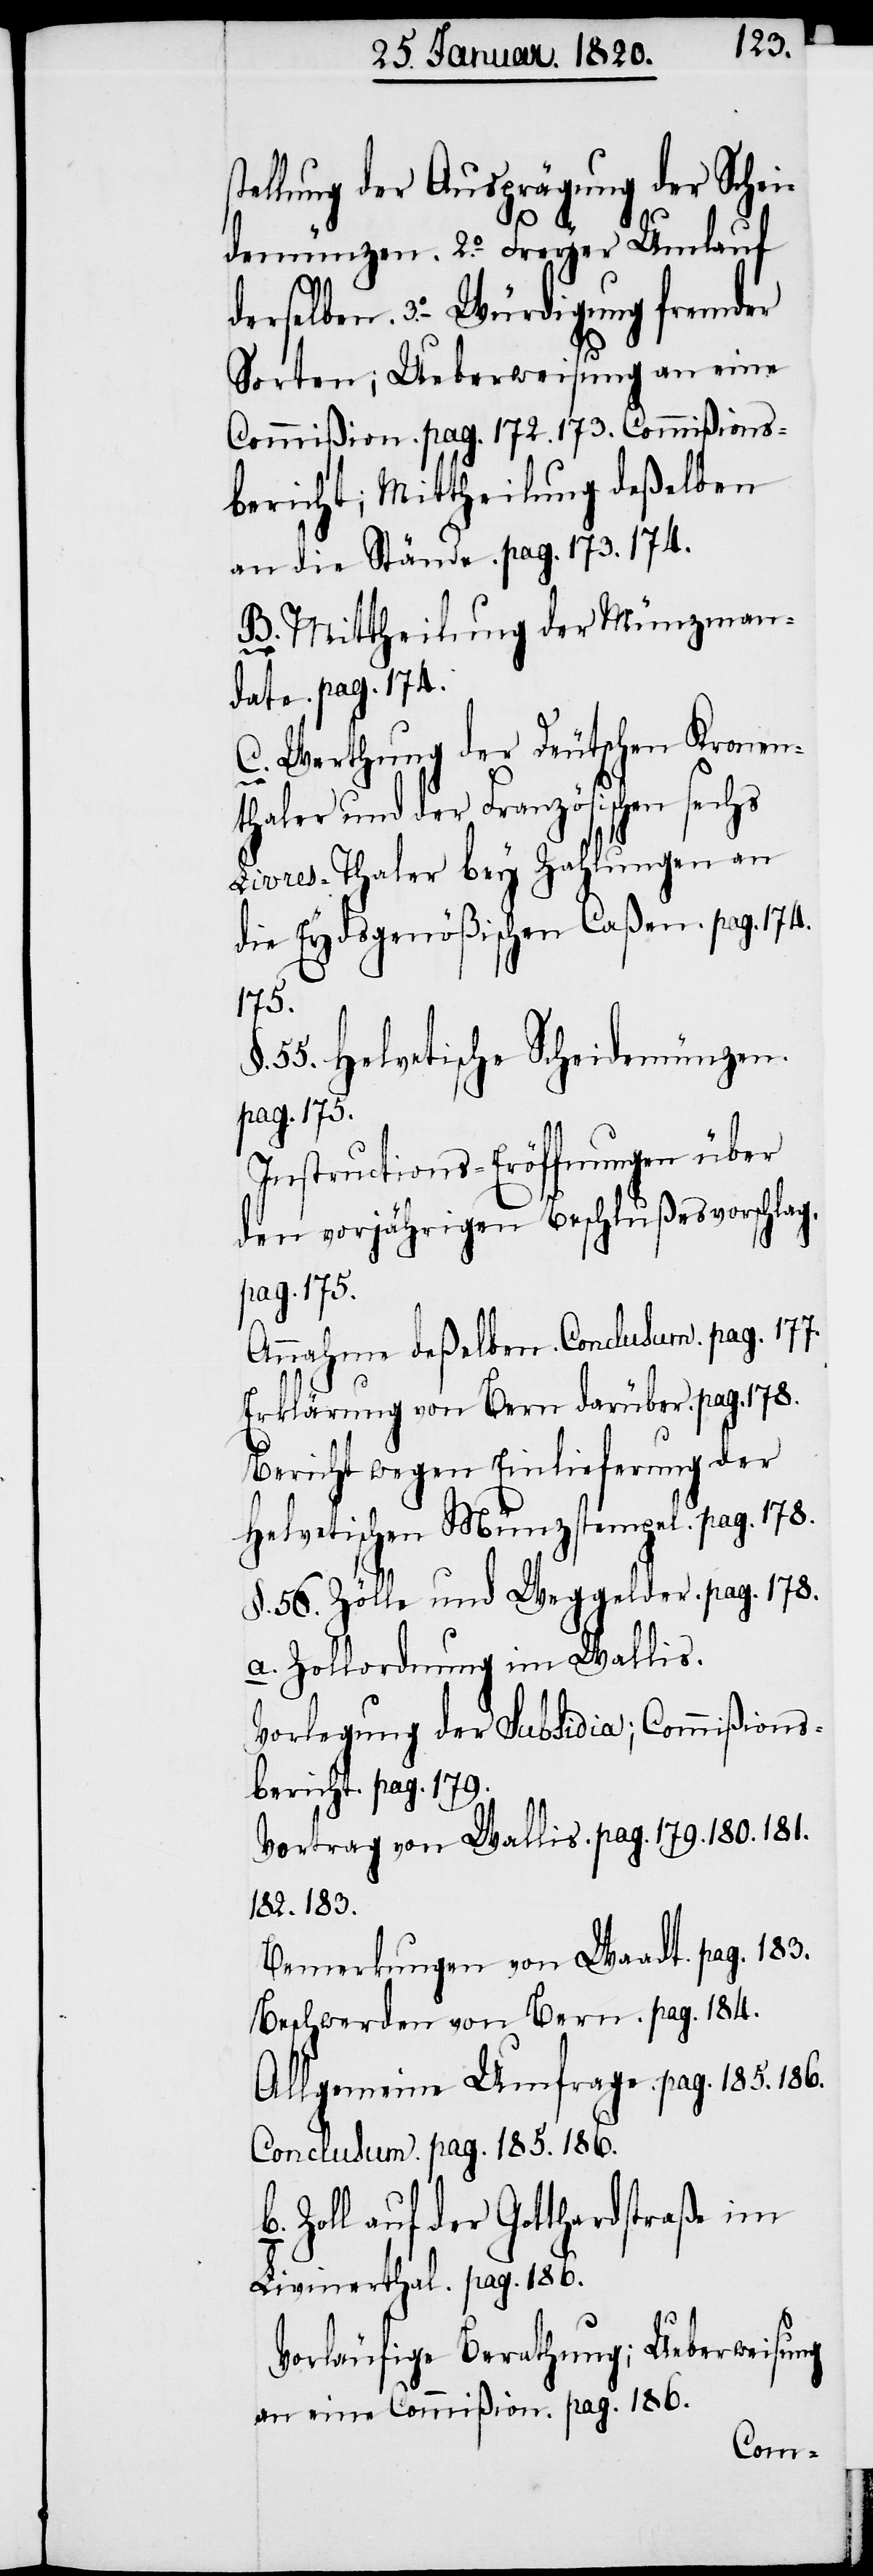
llung der Ausprägung der Schei¬
demünzen. 2.o Freyer Umlauf
derselben. 3.o Würdigung fremder
Sorten; Ueberweisung an eine
Commißion. pag. 172. 173. Commißions¬
bericht; Mittheilung deßelben
an die Stände. pag. 173. 174.
B. Mittheilung der Münzman¬
date. pag. 174.
C. Werthung der Deutschen Kronen¬
thaler und der Französischen sechs
Livres-Thaler bey Zahlungen an
die Eydsgenößischen Caßen. pag. 174.
175.
55. Helvetische Scheidemünzen.
pag. 175.
Instructions-Eröffnungen über
den vorjährigen Beschlußesvorschlag.
pag. 175.
Annahme deßelben. Conclusum. pag. 177.
Erklärung von Bern darüber. pag. 178.
Bericht wegen Einlieferung der
Helvetischen Münzstempel. pag. 178.
§. 56. Zölle und Weggelder. pag. 178.
a. Zollordnung im Wallis.
Vorlegung der Subsidia; Commißions¬
bericht. pag. 179.
Vortrag von Wallis. pag 179. 180. 181.
182. 183.
Bemerkungen von Waadt. pag. 183.
Beschwerden von Bern. pag. 184.
Allgemeine Umfrage. pag. 185. 186.
Conclusum. pag. 185. 186.
b. Zoll auf der Gotthardstraße im
Livinerthal. pag. 186.
Vorläufige Berathung; Ueberweisung
an eine Commißion. pag. 186.